Indian journal of veterinary science and animal husbandry - Volume 13,
Year: 1943
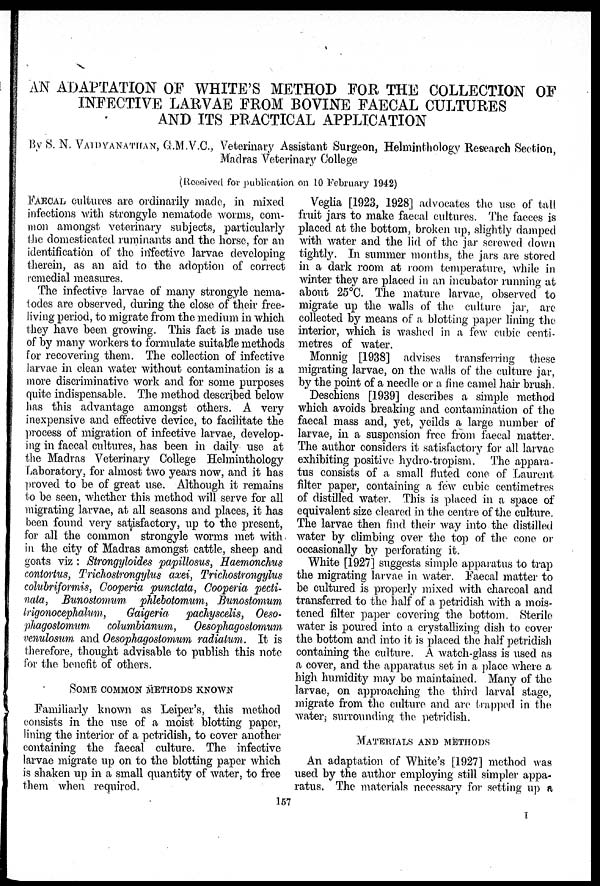
AN ADAPTATION OF WHITE'S METHOD FOR THE COLLECTION OF
INFECTIVE LARVAE FROM BOVINE FAECAL CULTURES
AND ITS PRACTICAL APPLICATION
By S. N. VAIDYANATHAN, G.M.V.C., Veterinary Assistant Surgeon, Helminthology Research Section,
Madras Veterinary College
(Received for publication on 10 February 1942)
FAECAL cultures are ordinarily made, in mixed
infections with strongyle nematode worms, com-
mon amongst veterinary subjects, particularly
the domesticated ruminants and the horse, for an
identification of the infective larvae developing
therein, as an aid to the adoption of correct
remedial measures.
The infective larvae of many strongyle nema-
todes are observed, during the close of their free-
living period, to migrate from the medium in which
they have been growing. This fact is made use
of by many workers to formulate suitable methods
for recovering them. The collection of infective
larvae in clean water without contamination is a
more discriminative work and for some purposes
quite indispensable. The method described below
has this advantage amongst others. A very
inexpensive and effective device, to facilitate the
process of migration of infective larvae, develop-
ing in faecal cultures, has been in daily use at
the Madras Veterinary College Helminthology
Laboratory, for almost two years now, and it has
proved to be of great use. Although it remains
to be seen, whether this method will serve for all
migrating larvae, at all seasons and. places, it has
been found very satisfactory, up to the present,
for all the common strongyle worms met with
in the city of Madras amongst cattle, sheep and
goats viz : Strongyloides papillosus, Haemonchus
contortus, Trichostrongylus axei, Trichostrongylus
colubriformis, Cooperia punctata, Cooperia pecti-
nata, Bunostomum phlebotomum, Bunostomum
trigonocephalum,
Gaigeria pachyscelis, Oeso-
phgostomum
columbianum, Oesophagostomum
venulosum and Oesophagostomum radiatum. It is
therefore, thought advisable to publish this note
for the benefit of others.
SOME COMMON METHODS KNOWN
Familiarly known as Leiper's, this method
consists in the use of a moist blotting paper,
lining the interior of a petridish, to cover another
containing the faecal culture. The infective
larvae migrate up on to the blotting paper which
is shaken up in a small quantity of water, to free
them when required,
Veglia [1923, 1928] advocates the use of tall
fruit jars to make faecal cultures. The faeces is
placed at the bottom, broken up, slightly damped
with water and the lid of the jar screwed down
tightly. In summer months, the jars are stored
in a dark room at room temperature, while in
winter they are placed in an incubator running at
about 25°C. The mature larvae, observed to
migrate up the walls of the culture jar, are
collected by means of a blotting paper lining the
interior, which is washed in a few cubic centi-
metres of water.
Monnig [1938] advises transferring these
migrating larvae, on the walls of the culture jar,
by the point of a needle or a fine camel hair brush.
Deschiens [1939] describes a simple method
which avoids breaking and contamination of the
faecal mass and, yet, yeilds a large number of
larvae, in a suspension free from faecal matter.
The author considers it satisfactory for all larvae
exhibiting positive hydro-tropism. The appara-
tus consists of a small fluted cone of Laurent
filter paper, containing a few cubic centimetres
of distilled water. This is placed in a space of
equivalent size cleared in the centre of the culture.
The larvae then find their way into the distilled
water by climbing over the top of the cone or
occasionally by perforating it.
White [1927] suggests simple apparatus to trap
the migrating larvae in water. Faecal matter to
be cultured is properly mixed with charcoal and
transferred to the half of a petridish with a mois-
tened filter paper covering the bottom. Sterile
water is poured into a crystallizing dish to cover
the bottom and into it is placed the half petridish
containing the culture. A watch-glass is used as
a cover, and the apparatus set in a place where a
high humidity may be maintained. Many of the
larvae, on approaching the third larval stage,
migrate from the culture and are trapped in the
water ; surrounding the petridish.
MATERIALS AND METHODS
An adaptation of White's [1927] method was
used by the author employing still simpler appa-
ratus. The materials necessary for setting up a
157
I